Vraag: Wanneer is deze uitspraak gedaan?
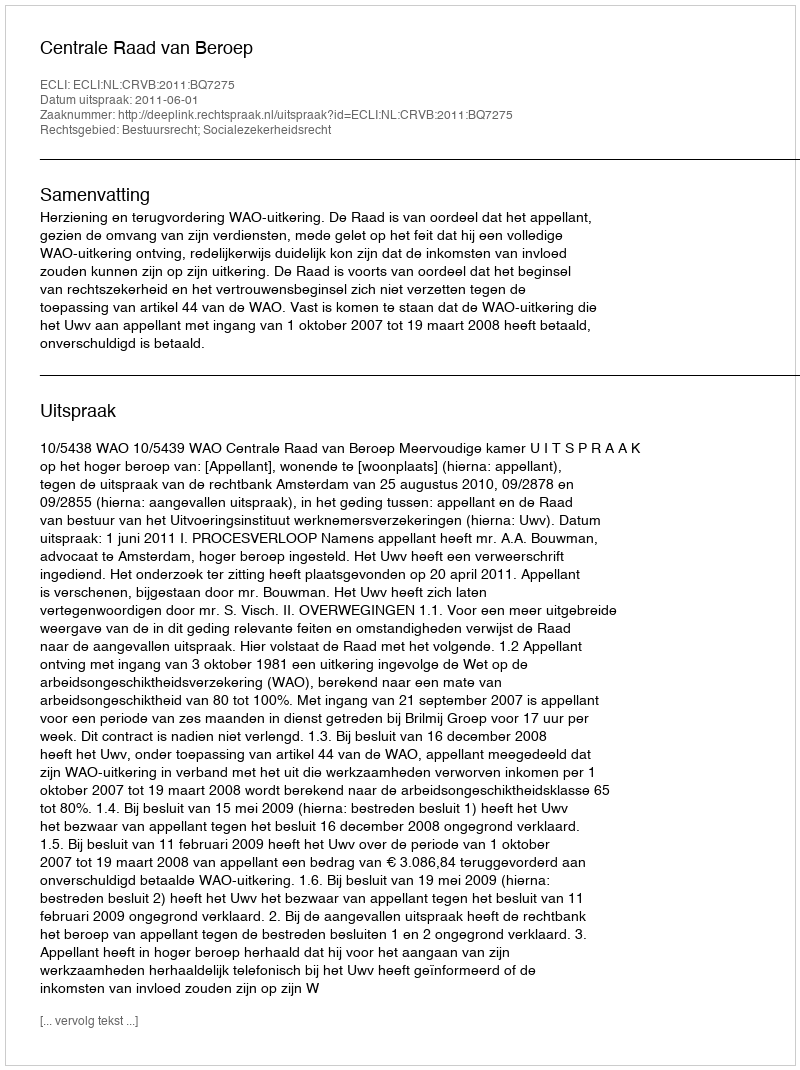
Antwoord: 2011-06-01